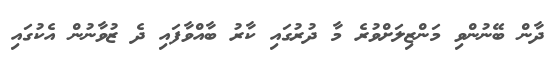
ދާން ބޭނުންވި މަންޒިލަށްވުރެ މާ ދުރުގައި ކާރު ބާއްވާފައި ދެ ޒުވާނުން އެކުގައި